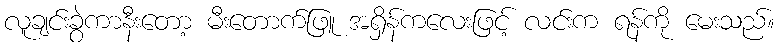
လူချင်းခွဲကာနီးတော့ မီးတောက်ဖြူ အရှိန်ကလေးဖြင့် လင်းက ရန်ကို မေးသည်။